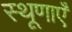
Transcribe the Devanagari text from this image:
स्थूणाएँ